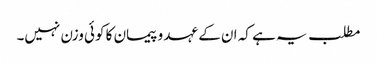
مطلب یہ ہے کہ ان کے عہد و پیمان کا کوئی وزن نہیں۔